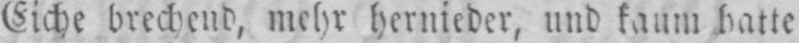
Eiche brechend, mehr hernieder, und kaum batte